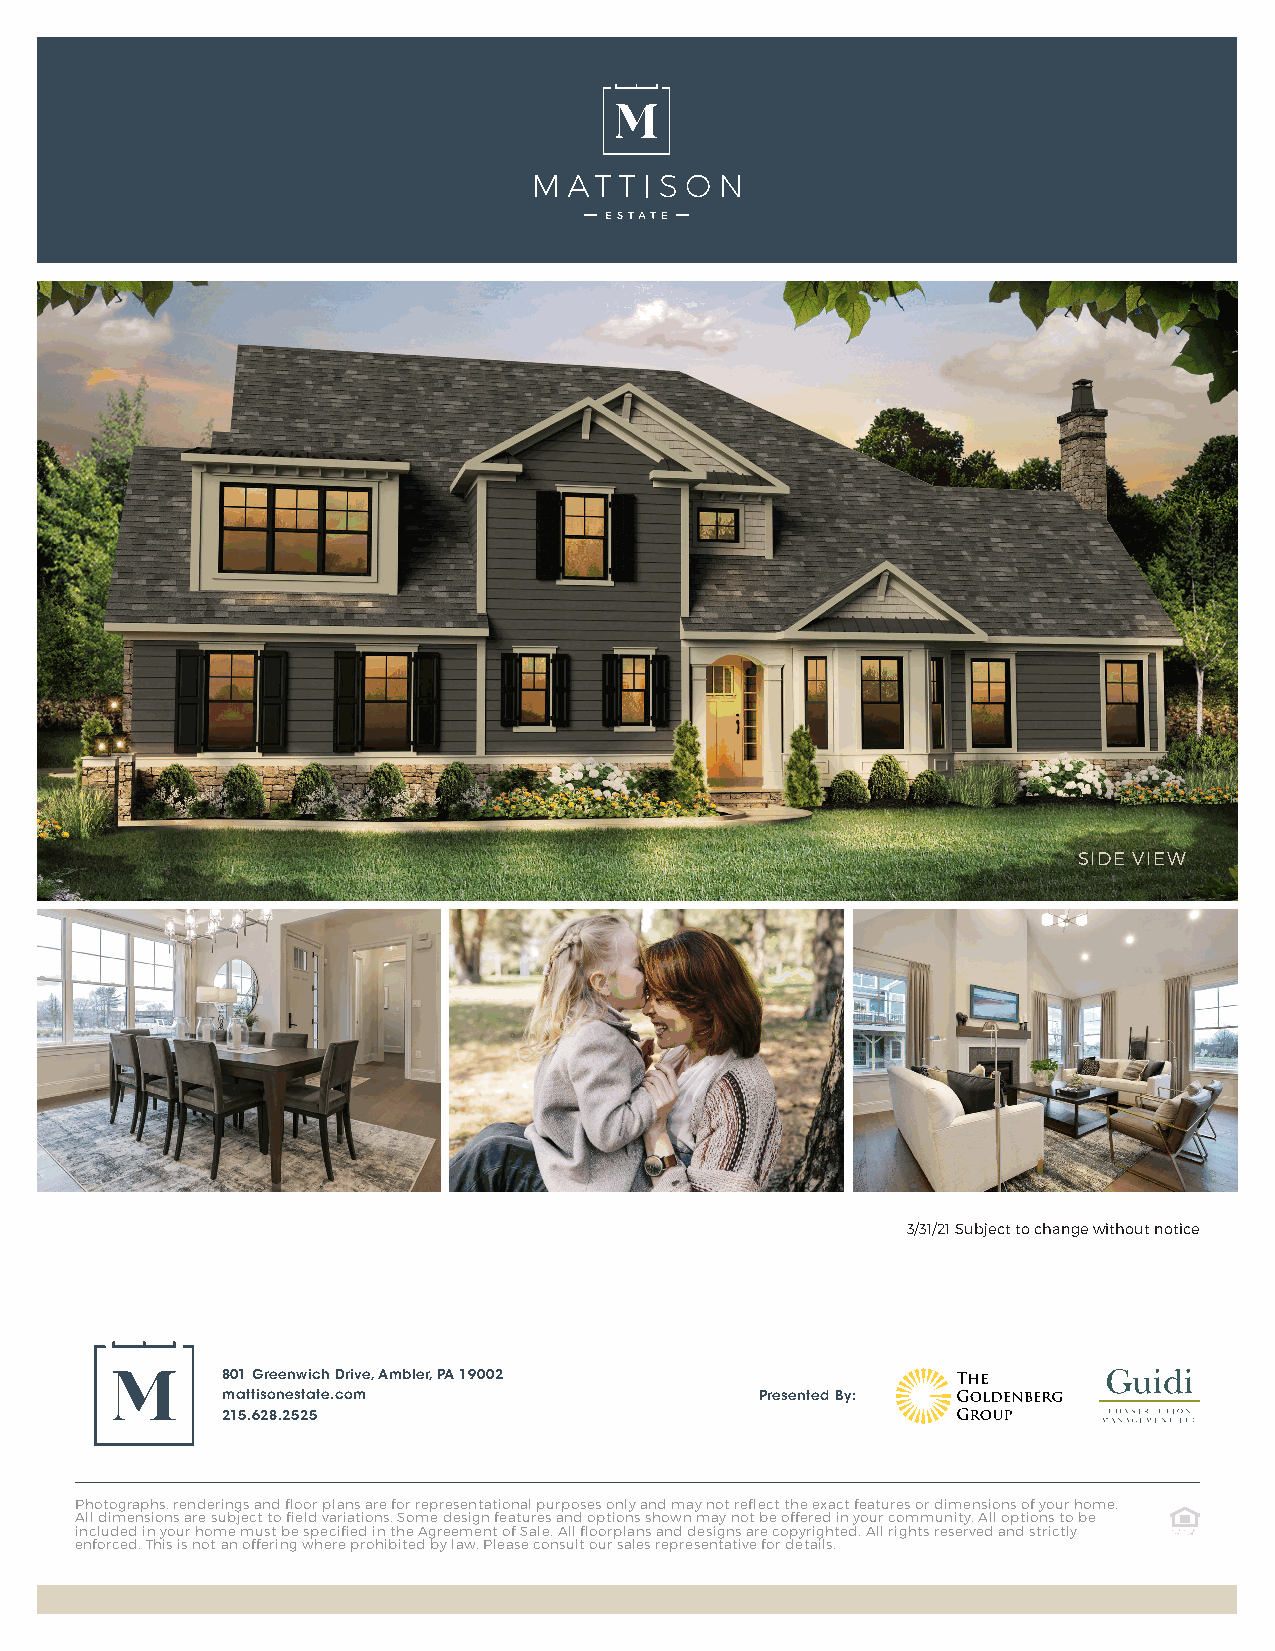
SIDE VIEW
 3/31/21 Subject to change without notice
 801 Greenwich Drive, Ambler, PA 19002
 mattisonestate.com                 Presented By:
 215.628.2525
 Photographs, renderings and floor plans are for representational purposes only and may not reflect the exact features or dimensions of your home.
 All dimensions are subject to field variations. Some design features and options shown may not be offered in your community. All options to be
 included in your home must be specified in the Agreement of Sale. All floorplans and designs are copyrighted. All rights reserved and strictly
 enforced. This is not an offering where prohibited by law. Please consult our sales representative for details.